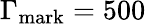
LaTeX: \Gamma_{\mathrm{mark}}=500